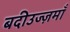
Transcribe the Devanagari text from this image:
बदीउज्ज़माँ